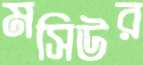
মসিউর